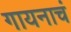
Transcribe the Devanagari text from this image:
गायनाचं